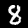
Label: 8